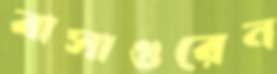
বাসাগুরেন